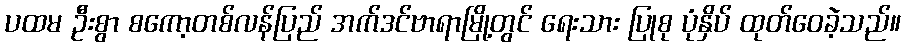
ပထမ ဦးစွာ စကော့တစ်လန်ပြည် အက်ဒင်ဗာရာမြို့တွင် ရေးသား ပြုစု ပုံနှိပ် ထုတ်ဝေခဲ့သည်။